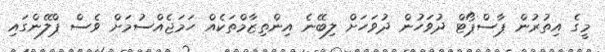
މީގެ އިތުރުން ޕާސްޕޯޓް ދުވަހުން ދުވަހަށް ލިބޭނެ އިންތިޒާމްތަކެއް ހަމަޖެއްސުމަށް ވެސް ޕްލޭންގައި